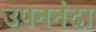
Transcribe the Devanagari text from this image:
उपननंदा